Senior Leaving Certificate Examination (including Day School Certificate (Higher) General paper), 1947
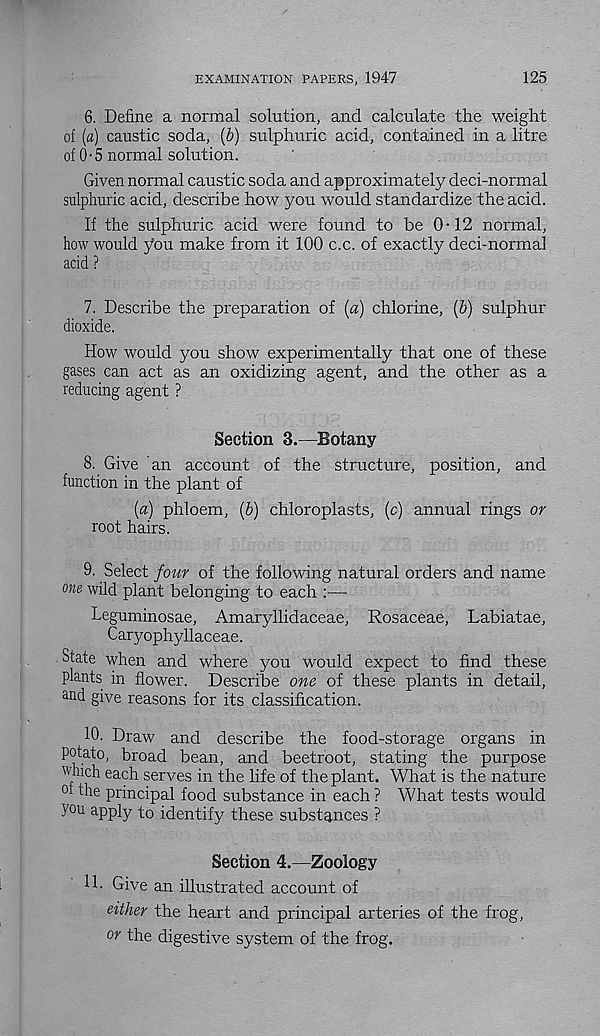
EXAMINATION PAPERS, 1947
125
6. Define a normal solution, and calculate the weight
of (a) caustic soda, (b) sulphuric acid, contained in a litre
of 0-5 normal solution.
Given normal caustic soda and approximately deci-normal
sulphuric acid, describe how you would standardize the acid.
If the sulphuric acid were found to be 0-12 normal,
how would you make from it 100 c.c. of exactly deci-normal
acid ?
7. Describe the preparation of (a) chlorine, (b) sulphur
dioxide.
How would you show experimentally that one of these
gases can act as an oxidizing agent, and the other as a
reducing agent ?
Section 3.—Botany
8. Give an account of the structure, position, and
function in the plant of
(a) phloem, (b) chloroplasts, (c) annual rings or
root hairs.
9. Select four of the following natural orders and name
one wild plant belonging to each :—
Leguminosae, Amaryllidaceae, Rosaceae, Labiatae,
Caryophyllaceae.
State when and where you would expect to find these
plants in flower. Describe one of these plants in detail,
and give reasons for its classification.
10. Draw and describe the food-storage organs in
potato, broad bean, and beetroot, stating the purpose
Mich each serves in the life of the plant. What is the nature
0
principal food substance in each ? What tests would
you apply to identify these substances ?
Section 4.—Zoology
11. Give an illustrated account of
either the heart and principal arteries of the frog,
or the digestive system of the frog.